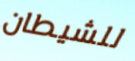
للشيطان